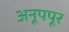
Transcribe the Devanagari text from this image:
अनूपपूर